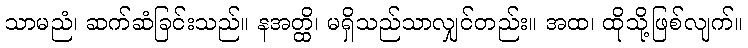
သာမညံ၊ ဆက်ဆံခြင်းသည်။ နအတ္ထိ၊ မရှိသည်သာလျှင်တည်း။ အထ၊ ထိုသို့ဖြစ်လျက်။